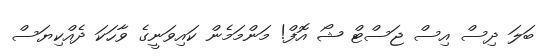
ބަލަ ދިސް އިސް ޖަސްޓް ޝޯ އޮފް! މަންމަމެން ކައިވަނީގެ ވާހަކަ ދެއްކިޔަސް